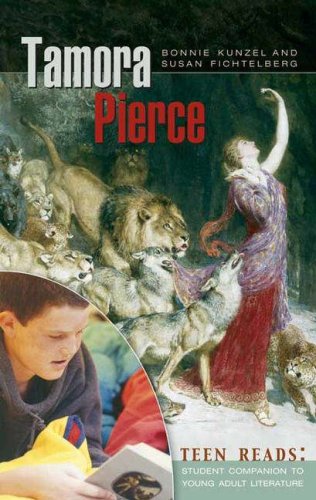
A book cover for Tamora Pierce (Teen Reads: Student Companions to Young Adult Literature); Bonnie Kunzel; Science Fiction & Fantasy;